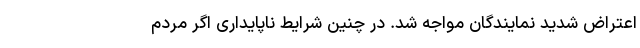
اعتراض شدید نمایندگان مواجه شد. در چنین شرایط ناپایداری اگر مردم